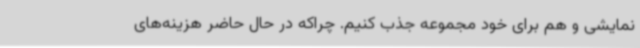
نمایشی و هم برای خود مجموعه جذب کنیم. چراکه در حال حاضر هزینه‌های